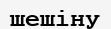
шешіну